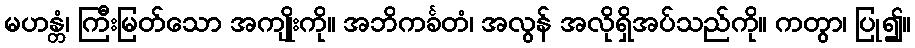
မဟန္တံ၊ ကြီးမြတ်သော အကျိုးကို။ အဘိကင်္ခတံ၊ အလွန် အလိုရှိအပ်သည်ကို။ ကတွာ၊ ပြု၍။